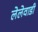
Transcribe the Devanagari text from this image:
लेलेवाडी